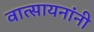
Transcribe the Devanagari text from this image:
वात्सायनांनी